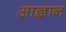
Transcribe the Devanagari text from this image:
आज्ञान